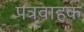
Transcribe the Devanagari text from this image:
पत्रवाहक